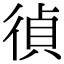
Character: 𢔤